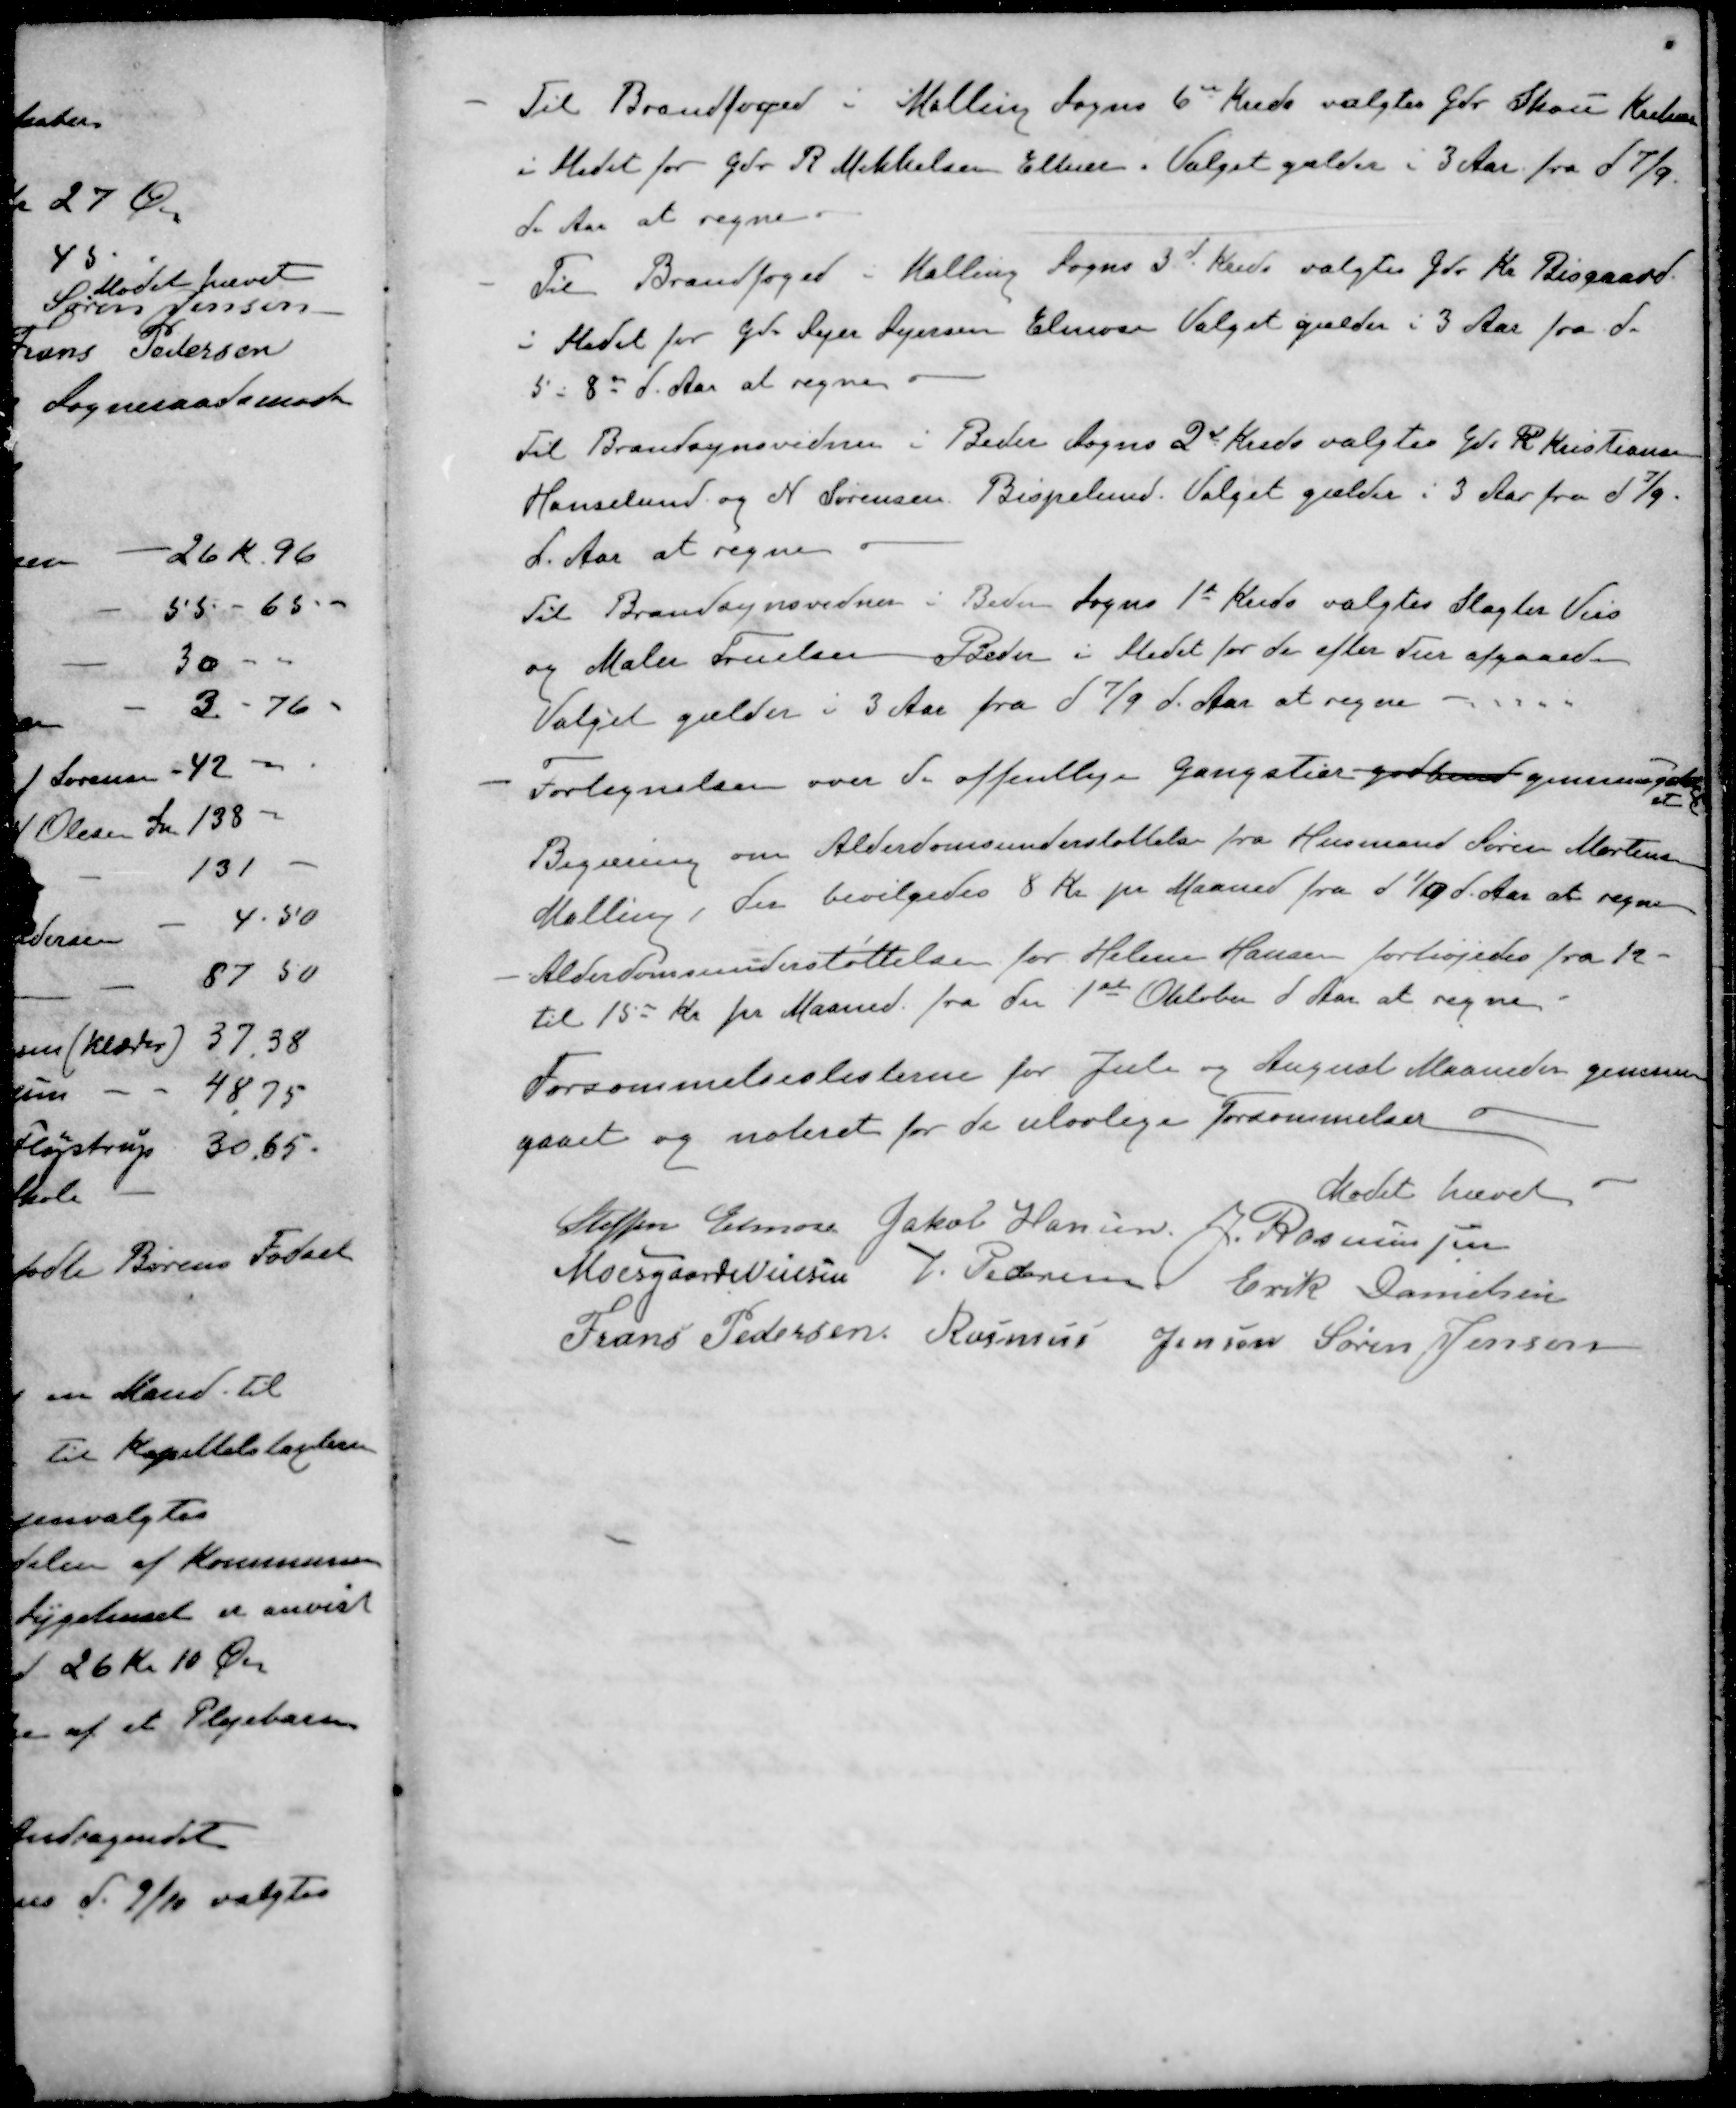
Transskription:
- Til Brandfoged i Malling Sogns 6de Kreds valgtes Gdr. Skou Krekær
i Stedet for Gdr. R Mikkelsen Elkær. Valget gælder i 3 Aar fra d 7/9
d. Aar at regne.
- Til Brandfoged i Malling Sogns 3d Kreds valgtes Gdr. Kr. Bisgaard
i Stedet for Gdr Sejer Sejersen Elmose Valget gælder i 3 Aar fra d.
5 i 8de d. Aar at regne.
Til Brandsynsvidnen i Beder Sogns 2d Kreds valgtes Gdr K Kristiansen
Hanselund og N. Sørensen, Bispelund. Valget gælder i 3 Aar fra d 7/9
d. Aar at regne
Til Brandsynsvidner i Beden Sogns 1st Kreds valgtes Slagter Veis
og Maler Truelsen Beder i Stedet for de efter Tur afgaaede
Valget gælder i 3 Aar fra d 7/9 d. Aar at regne
- Fortegnelsen over de offentlige Gangstier godkend gennemgaa
et
- Begæring om Alderdomsunderstøttelse fra Husmand Søren Mortensen
Malling, der bevilgedes 8 Kr pr Maaned fra d 1/9 d. Aar at regne
- Alderdomsunderstøttelse for Helene Hansen forhøjedes fra 12-
til 1500 Kr pr Maaned. fra den 1ste Oktober d Aar at regne
Forsømmelseslisterne for Juli og August Maaneder gennem-
gaaet og noteret for de ulovlige Forsømmelser
Mødet hævet
Steffen Elmose
Jakob Hansen
J Rasmussen
Moesgaard Nielsen
V. Pedersen
Erik Danielsen
Frans Pedersen
Rasmus Jensen
Søren Jensen